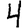
Digit: 4